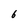
Character: 6